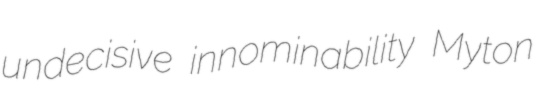
undecisive innominability Myton